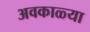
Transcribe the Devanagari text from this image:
अवकाळ्या